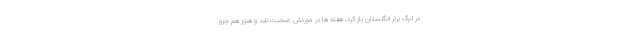
در لیگ برتر انگلستان باز کرد، هفته ها در موردش صحبت شد و هنوز هم جزو